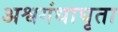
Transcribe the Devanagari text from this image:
अश्वगंधाघृता